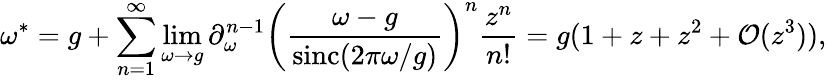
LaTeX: \omega^{\ast}=g+\sum_{n=1}^{\infty}\operatorname*{lim}_{\omega\to g}\partial_{\omega}^{n-1}\left(\frac{\omega-g}{\operatorname{sinc}(2\pi\omega/g)}\right)^{n}\frac{z^{n}}{n!}=g(1+z+z^{2}+\mathcal O(z^{3})),